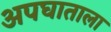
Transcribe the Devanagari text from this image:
अपघाताला